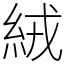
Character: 絨